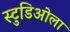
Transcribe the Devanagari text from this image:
स्टुडिओला